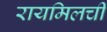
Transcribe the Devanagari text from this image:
रायमिलची